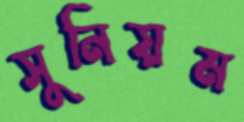
সুনিয়ম